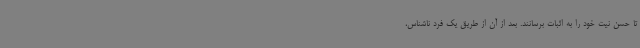
تا حسن نیت خود را به اثبات برسانند. بعد از آن از طریق یک فرد ناشناس،